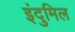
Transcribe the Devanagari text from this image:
इंदुमिल